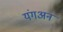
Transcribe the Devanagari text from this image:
यंगअन